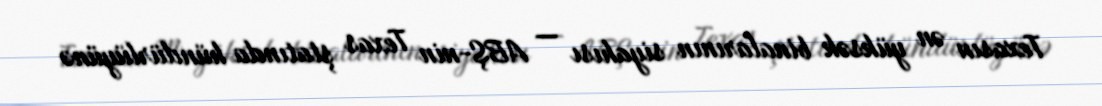
Texasın ən yüksək binalarının siyahısı — ABŞ-nin Texas ştatında hündürlüyünə